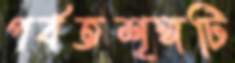
পর্বতশৃঙ্গটি